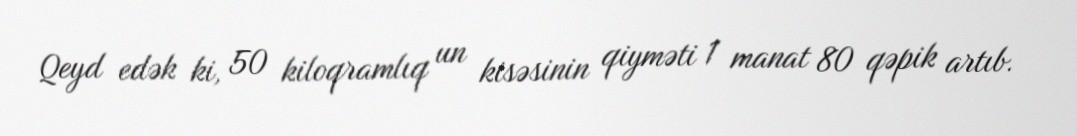
Qeyd edək ki, 50 kiloqramlıq un kisəsinin qiyməti 1 manat 80 qəpik artıb.